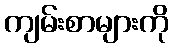
ကျမ်းစာများကို